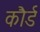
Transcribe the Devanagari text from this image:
कौर्ड